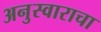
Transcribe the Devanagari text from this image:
अनुस्वाराचा